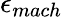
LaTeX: \epsilon_{mach}